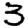
Digit: 3